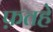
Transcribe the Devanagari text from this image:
फ़तहे